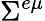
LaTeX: \Sigma^{e\mu}